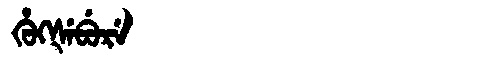
Manchu: ᡥᡠᡴᡧᡝᠪᡠᡵᡝ
Romanization: HUKŠEBURE